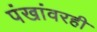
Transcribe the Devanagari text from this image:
पंखांवरही